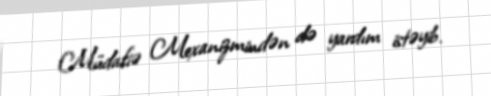
Müdafiə Mexanizmindən də yardım istəyib.